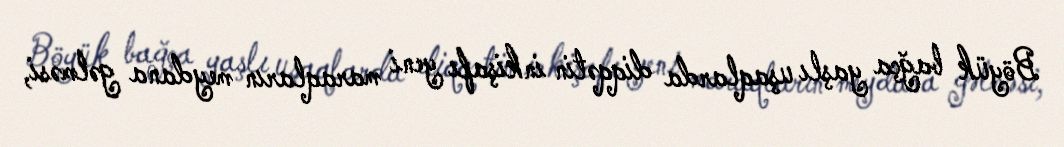
Böyük bağça yaşlı uşaqlarda diqqətin inkişafı yeni maraqların meydana gəlməsi,